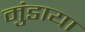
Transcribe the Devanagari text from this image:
मुंडाया